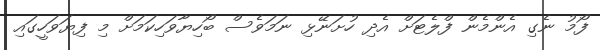
ފޯމު ނެގި އެންމެން ފްލެޓަށް އެދި ހުށަނޭޅި ނަމަވެސް ބޯހިޔާވަހިކަމަށް މި ފިޔަވަހީގައި